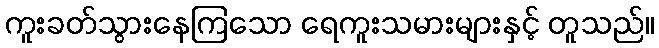
ကူးခတ်သွားနေကြသော ရေကူးသမားများနှင့် တူသည်။